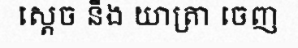
ស្តេច នឹង យាត្រា ចេញ